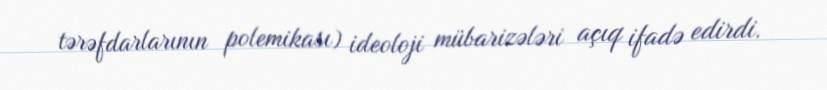
tərəfdarlarının polemikası) ideoloji mübarizələri açıq ifadə edirdi.